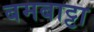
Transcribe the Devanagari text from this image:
बमबाट्टा